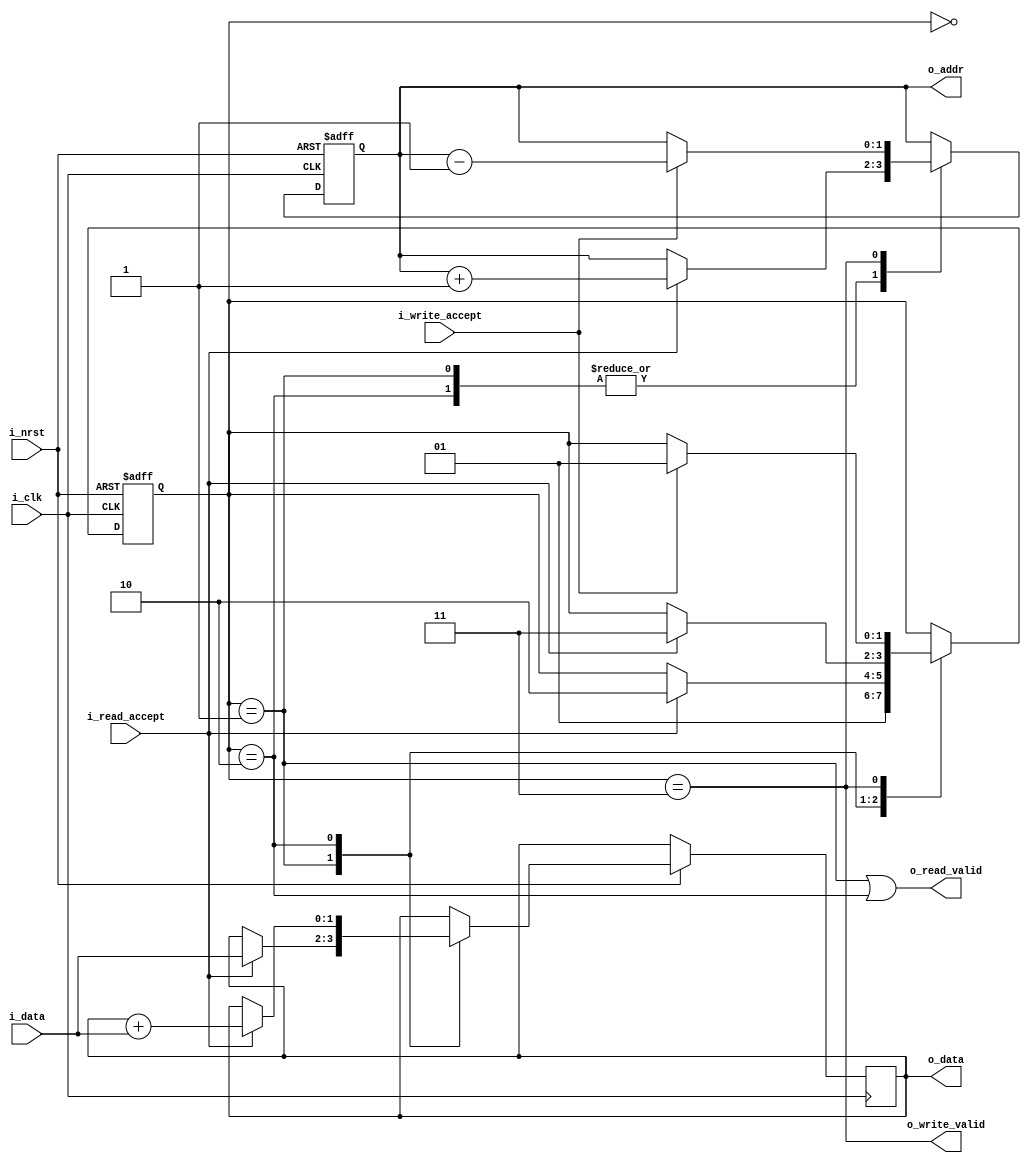
module fibonacci(
	input	   wire			               i_clk,
	input	   wire			               i_nrst,
   output   reg   [ADDR_WIDTH-1:0]     o_addr,
   output   reg   [DATA_WIDTH-1:0]     o_data,
   input    wire  [DATA_WIDTH-1:0]     i_data,
   output   wire                       o_read_valid,
   input    wire                       i_read_accept,
   output   wire                       o_write_valid,
   input    wire                       i_write_accept	
);

   parameter   ADDR_WIDTH  = 0,
               DATA_WIDTH  = 0,
               SM_IDLE     = 2'b00,
               SM_READ1    = 2'b01,
               SM_READ2    = 2'b10,
               SM_WRITE    = 2'b11;

   reg   [1:0]             state;

   assign o_read_valid  = (state == SM_READ1) || (state == SM_READ2);
   assign o_write_valid = (state == SM_WRITE);

	always@(posedge i_clk or negedge i_nrst) begin
		if(!i_nrst) begin
		   state    <= SM_IDLE;
         o_addr   <= 'b0;
      end else begin
         case(state)
            SM_IDLE:    state <= SM_READ1;
            SM_READ1:   if(i_read_accept) begin
                           state    <= SM_READ2;
                           o_addr   <= o_addr + 'b1;
                           o_data   <= i_data;
                        end
            SM_READ2:   if(i_read_accept) begin
                           state    <= SM_WRITE;
                           o_addr   <= o_addr + 'b1;
                           o_data   <= o_data + i_data;
                        end
            SM_WRITE:   if(i_write_accept) begin
                           state    <= SM_READ1;
                           o_addr   <= o_addr - 'b1;
                        end
         endcase
      end
	end
endmodule